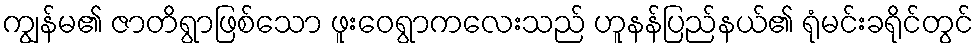
ကျွန်မ၏ ဇာတိရွာဖြစ်သော ဖူးဝေရွာကလေးသည် ဟူနန်ပြည်နယ်၏ ရုံမင်းခရိုင်တွင်